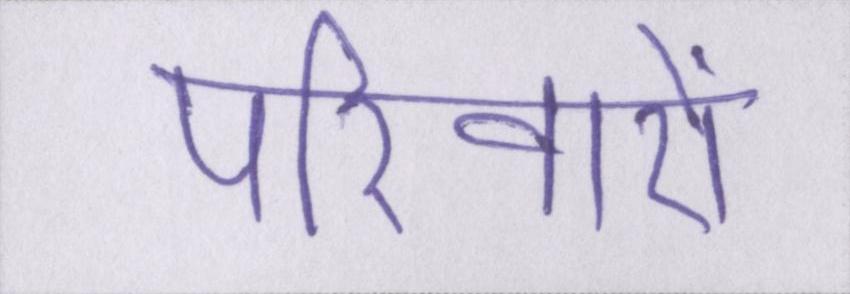
परिवारों